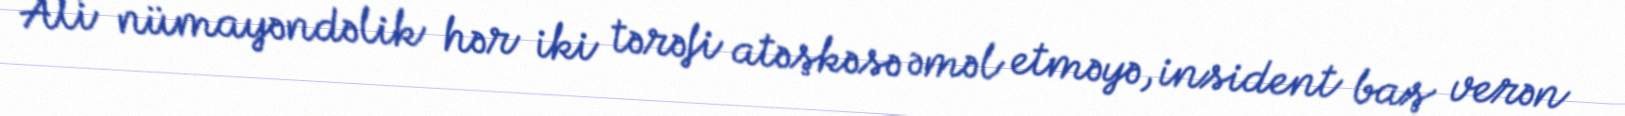
Ali nümayəndəlik hər iki tərəfi atəşkəsə əməl etməyə, insident baş verən